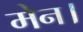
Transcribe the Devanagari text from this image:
मेन।